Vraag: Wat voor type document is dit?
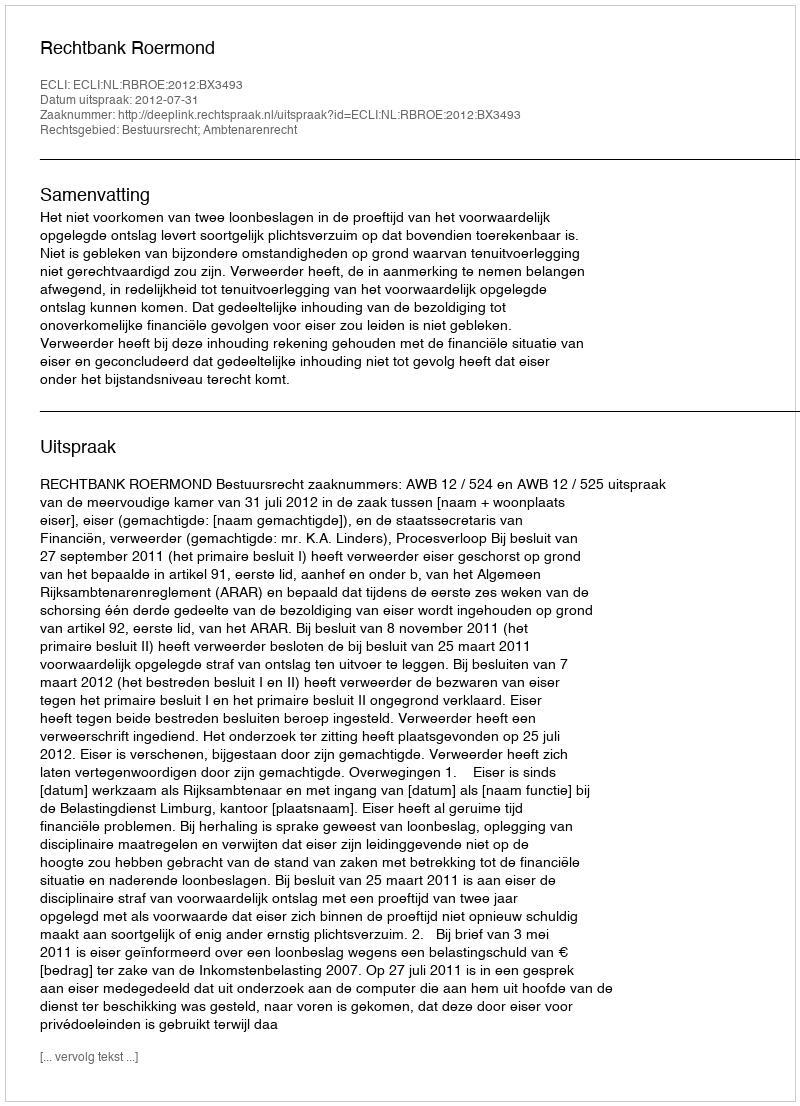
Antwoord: Uitspraak